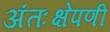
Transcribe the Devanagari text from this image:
अंतःक्षेपणी